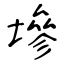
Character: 墋